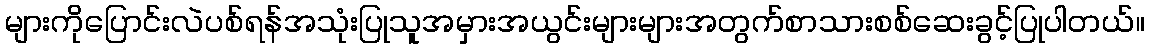
များကိုပြောင်းလဲပစ်ရန်အသုံးပြုသူအမှားအယွင်းများများအတွက်စာသားစစ်ဆေးခွင့်ပြုပါတယ်။